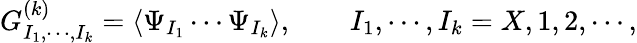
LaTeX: G_{I_{1},\cdots,I_{k}}^{(k)}=\langle\Psi_{I_{1}}\cdots\Psi_{I_{k}}\rangle,~~~~~~~~I_{1},\cdots,I_{k}=X,1,2,\cdots,